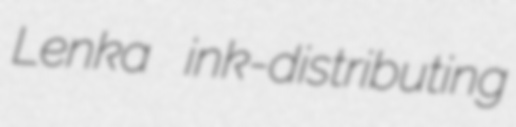
Lenka ink-distributing